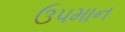
ઉપમાન